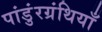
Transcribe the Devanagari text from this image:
पांडुंरग्रंथियाँ